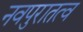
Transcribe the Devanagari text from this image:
नवपुरातत्व